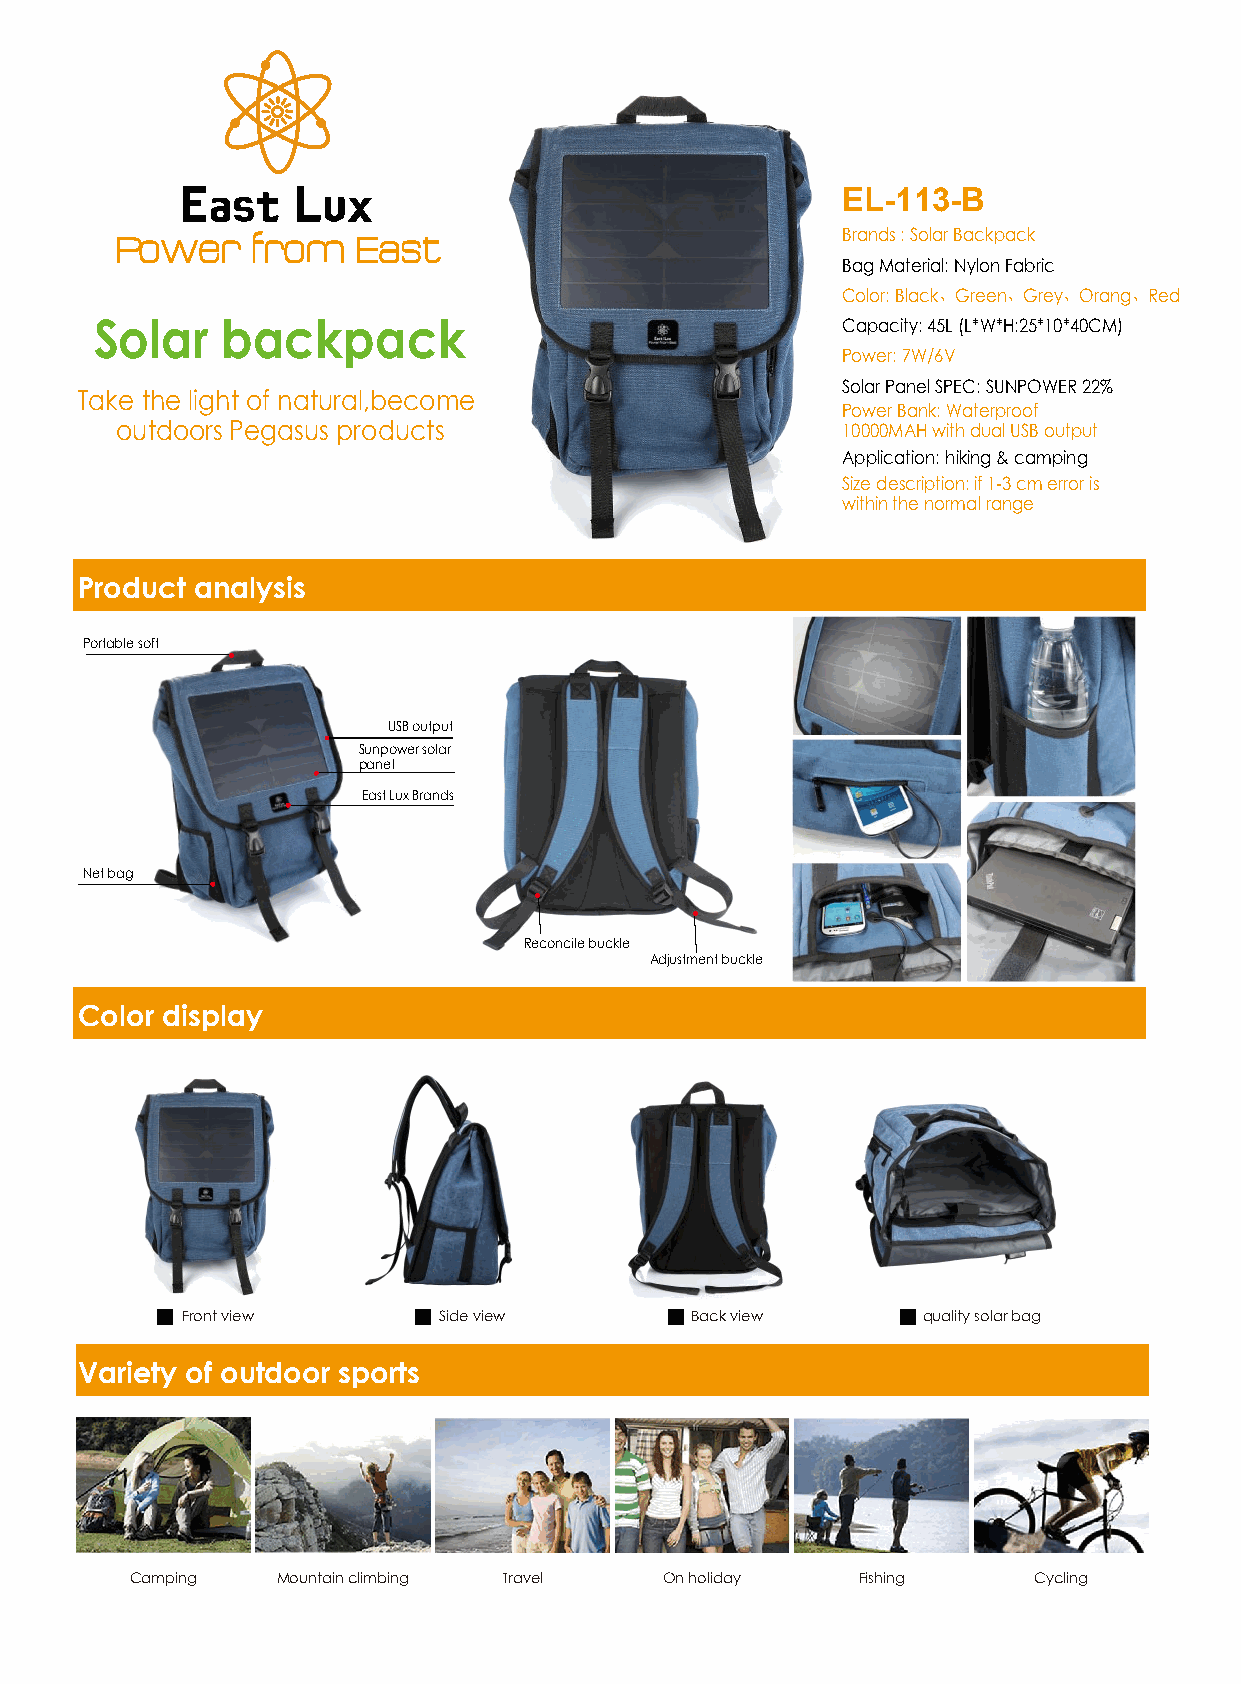
EL-113-B
 Power    from  East                             Brands : Solar Backpack
 Bag Material: Nylon Fabric
 Color: Black、Green、Grey、Orang、Red
 Solar    backpack                                 Capacity: 45L (L*W*H:25*10*40CM)
 Power: 7W/6V
 Solar Panel SPEC: SUNPOWER 22%
 Take the light of natural,become
 Power Bank: Waterproof
 outdoors Pegasus products                       10000MAH with dual USB output
 Application: hiking & camping
 Size description: if 1-3 cm error is
 within the normal range
 Product analysis
 Portable soft
 USB output
 Sunpower solar
 panel
 East Lux Brands
 Net bag
 Reconcile buckle
 Adjustment buckle
 Color display
 Front view       Side view        Back view      quality solar bag
 Variety of outdoor sports
 Camping  Mountain climbing Travel  On holiday   Fishing    Cycling